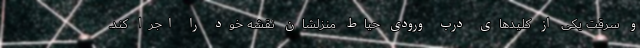
و سرقت یکی از کلیدهای درب ورودی حیاط منزلشان نقشه خود را اجرا کند.